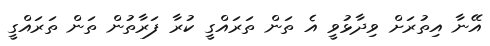
އޭނާ އިތުރަށް ވިދާޅުވީ އެ ތަން ތަރައްގީ ކުރާ ފަރާތުން ތަން ތަރައްގީ